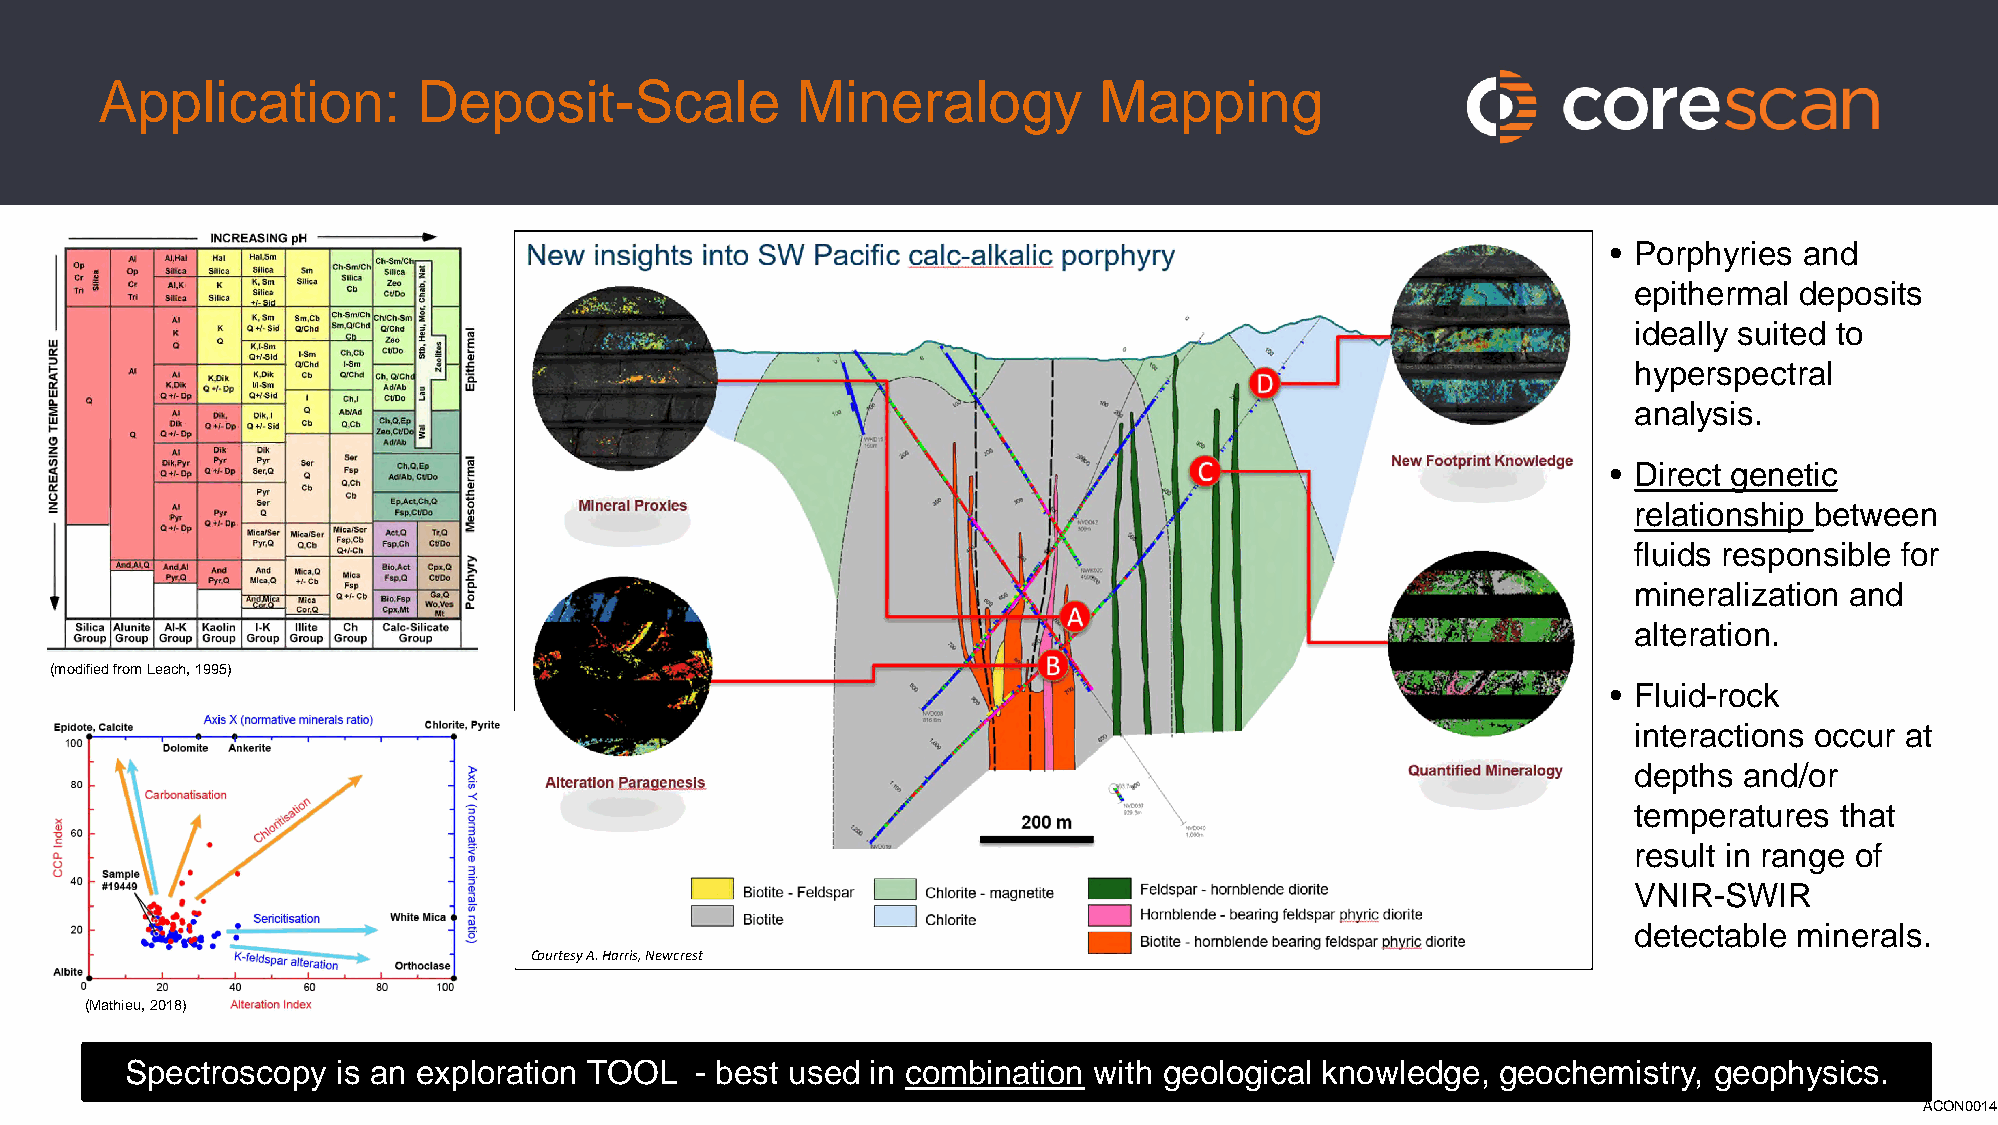
Application:         Deposit-Scale            Mineralogy          Mapping
 • Porphyries and
 epithermal deposits
 ideally suited to
 hyperspectral
 analysis.
 • Direct genetic
 relationship between
 fluids responsible for
 mineralization and
 alteration.
 (modified from Leach, 1995)
 • Fluid-rock
 interactions occur at
 depths and/or
 temperatures  that
 result in range of
 VNIR-SWIR
 detectable minerals.
 Courtesy A. Harris, Newcrest
 (Mathieu, 2018)
 Spectroscopy  is an exploration TOOL  - best used inw cwow.mcorbesincaan.tcioomn.auwith geological knowledge, geochemistry, geophysics.
 ACON0014